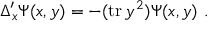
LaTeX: \Delta _ { x } ^ { \prime } \Psi ( x , y ) = - ( \mathrm { t r } \, y ^ { 2 } ) \Psi ( x , y ) \ .